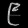
Digit: ၉